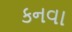
કનવા